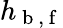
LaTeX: h_{\mathrm{~b~,~f~}}